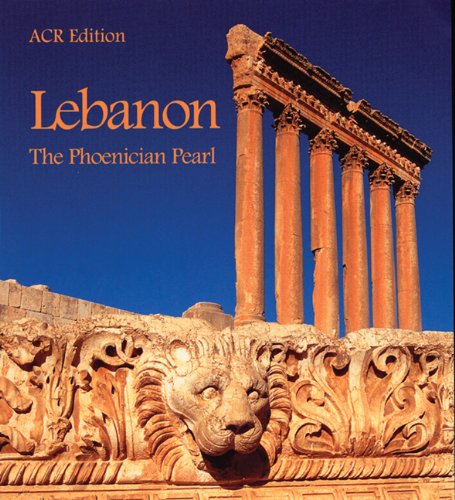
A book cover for Lebanon. The Phoenician Pearl; Jean-Paul Planguin; Travel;